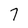
Character: 7